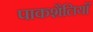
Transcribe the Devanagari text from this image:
पाकशैलियाँ